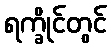
ရက္ခိုင်တွင်